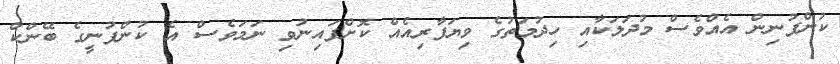
ކުންފުނިން އެއްވެސް މުދަލަކާއި ހިދުމަތުގެ ވިޔަފާރިއެއް ކޮށްފައިނުވި ނަމަވެސް އެ ކުންފުނީގެ ބޭންކް